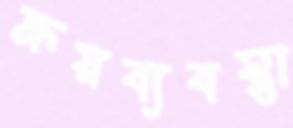
ক্রয়ব্যবস্থা